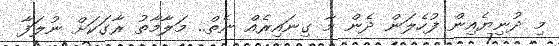
މި ދުނިޔެއިން ފުހެލަން ދެން މާ ގިނައިރެއް ނެތް.. މަލާމާތު ރާގަކަށް ނުލަފާ